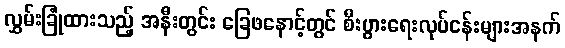
လွှမ်းခြုံထားသည့် အနီးတွင်း ခြေဖနောင့်တွင် စီးပွားရေးလုပ်ငန်းများအနက်